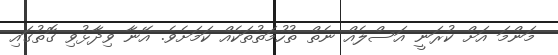
މަންމަ އަށް ކުރަނީ އަސްލެއް ނެތް ތުހުމަތުތަކެއް ކަމަށެވެ. އޭނާ ވިދާޅުވި ގޮތުގައި